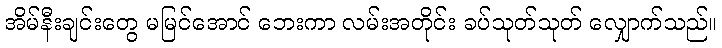
အိမ်နီးချင်းတွေ မမြင်အောင် ဘေးကာ လမ်းအတိုင်း ခပ်သုတ်သုတ် လျှောက်သည်။